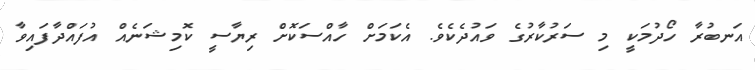
އަނބުރާ ހޯދުމަކީ މި ސަރުކާރުގެ ވައުދެކެވެ. އެކަމަށް ހާއްސަކޮށް ރިޔާސީ ކޮމިޝަނެއް އުފައްދާފައިވާ